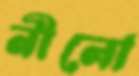
নীলো